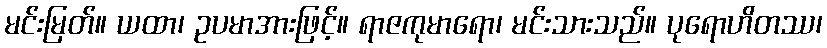
မင်းမြတ်။ ယထာ၊ ဥပမာအားဖြင့်။ ရာဇကုမာရော၊ မင်းသားသည်။ ပုရောဟိတဿ၊